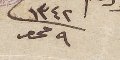
١٣٤٢	٩ محرم